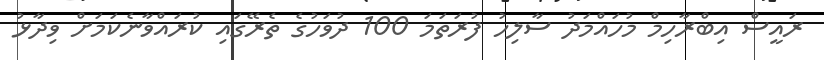
ރައީސް އިބްރާހިމް މުހައްމަދު ސާލިހުު ފުރަތަމަ 100 ދުވަހުގެ ތެރޭގައި ކުރައްވާނެކަމަށް ވިދާޅު